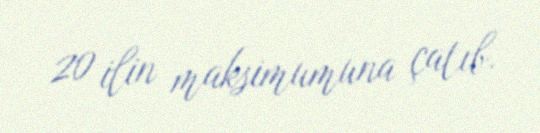
20 ilin maksimumuna çatıb.